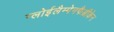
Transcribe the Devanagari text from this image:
ग्लोईलैम्पेनफैब्रीकेन